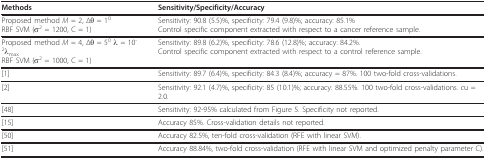
<table><thead><tr><td><b>Methods</b></td><td><b>Sensitivity/Specificity/Accuracy</b></td></tr></thead><tbody><tr><td>Proposed method <i>M </i>= 2, Δθ = 1<sup>0</sup>RBF SVM (σ<sup>2 </sup>= 1200, C = 1)</td><td>Sensitivity: 90.8 (5.5)%, specificity: 79.4 (9.8)%; accuracy: 85.1%Control specific component extracted with respect to a cancer reference sample.</td></tr><tr><td>Proposed method <i>M </i>= 4, Δθ = 5<sup>0 </sup>λ = 10<sup>-2</sup>λ<sub>max</sub>RBF SVM (σ<sup>2 </sup>= 1000, C = 1)</td><td>Sensitivity: 89.8 (6.2)%, specificity: 78.6 (12.8)%; accuracy: 84.2%.Control specific component extracted with respect to a control reference sample.</td></tr><tr><td>[1]</td><td>Sensitivity: 89.7 (6.4)%, specificity: 84.3 (8.4)%; accuracy = 87%. 100 two-fold cross-validations.</td></tr><tr><td>[2]</td><td>Sensitivity: 92.1 (4.7)%, specificity: 85 (10.1)%; accuracy: 88.55%. 100 two-fold cross-validations. <i>c</i>u = 2.0.</td></tr><tr><td>[48]</td><td>Sensitivity: 92-95% calculated from Figure 5. Specificity not reported.</td></tr><tr><td>[15]</td><td>Accuracy 85%. Cross-validation details not reported.</td></tr><tr><td>[50]</td><td>Accuracy 82.5%, ten-fold cross-validation (RFE with linear SVM).</td></tr><tr><td>[51]</td><td>Accuracy 88.84%, two-fold cross-validation (RFE with linear SVM and optimized penalty parameter C).</td></tr></tbody></table>